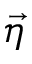
\vec { \eta }